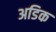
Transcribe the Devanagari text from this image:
अडिक